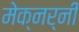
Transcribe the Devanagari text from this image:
मेक्नर्नी